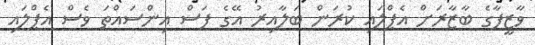
ވާޒީފާގެ ބާޒާރަށް އެޕްލައި ކުރަން ބަލާއިރު އޭގެ ފަސް އިންސައްތަ ވެސް އެޕްލައި